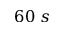
6 0 ~ s